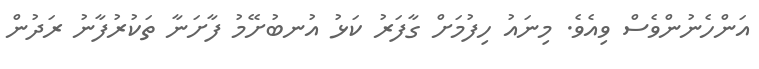
އަންހެނުންވެސް ވިއެވެ. މިނައު ހިފުމަށް ގާފަރު ކަޅު އުނބުށޭމު ފާށަނާ ތަކުރުފާނު ރަދުން